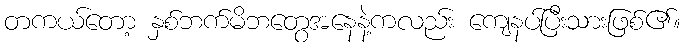
တကယ်တော့ နှစ်ဘက်မိဘတွေအနေနဲ့ကလည်း ကျေနပ်ပြီးသားဖြစ်၏။